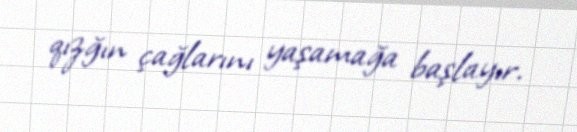
qızğın çağlarını yaşamağa başlayır.